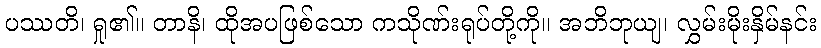
ပဿတိ၊ ရှု၏။ တာနိ၊ ထိုအပဖြစ်သော ကသိုဏ်းရုပ်တို့ကို။ အဘိဘုယျ၊ လွှမ်းမိုးနှိမ်နင်း